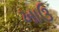
ખાઉ